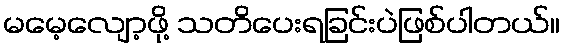
မမေ့လျော့ဖို့ သတိပေးရခြင်းပဲဖြစ်ပါတယ်။